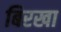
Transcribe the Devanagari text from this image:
बिरखा